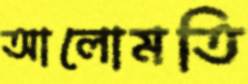
আলোমতি